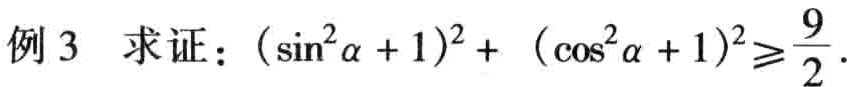
例 3  求证：\((\sin^{2}\alpha + 1)^{2}+ (\cos^{2}\alpha + 1)^{2}\geqslant \frac{9}{2}\).